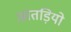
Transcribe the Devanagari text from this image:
आंतड़ियो